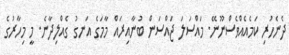
ދެނެހުރި ކަމެއެއްވެސްނޫނޭ. މައްސަލަ ޖައްސަން ބުނާއިރައް މާމަގެ އަނގު ގެއްލިދާނެ. މީ މިހާރުގެ